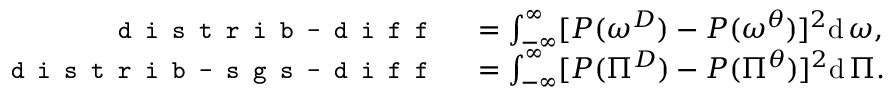
\begin{array} { r l } { \texttt { \small d i s t r i b - d i f f } } & { { } = \int _ { - \infty } ^ { \infty } [ P ( \omega ^ { D } ) - P ( \omega ^ { \theta } ) ] ^ { 2 } \mathrm { d } \, \omega , } \\ { \texttt { \small d i s t r i b - s g s - d i f f } } & { { } = \int _ { - \infty } ^ { \infty } [ P ( \Pi ^ { D } ) - P ( \Pi ^ { \theta } ) ] ^ { 2 } \mathrm { d } \, \Pi . } \end{array}